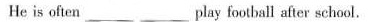
He is often __play foothall after school.